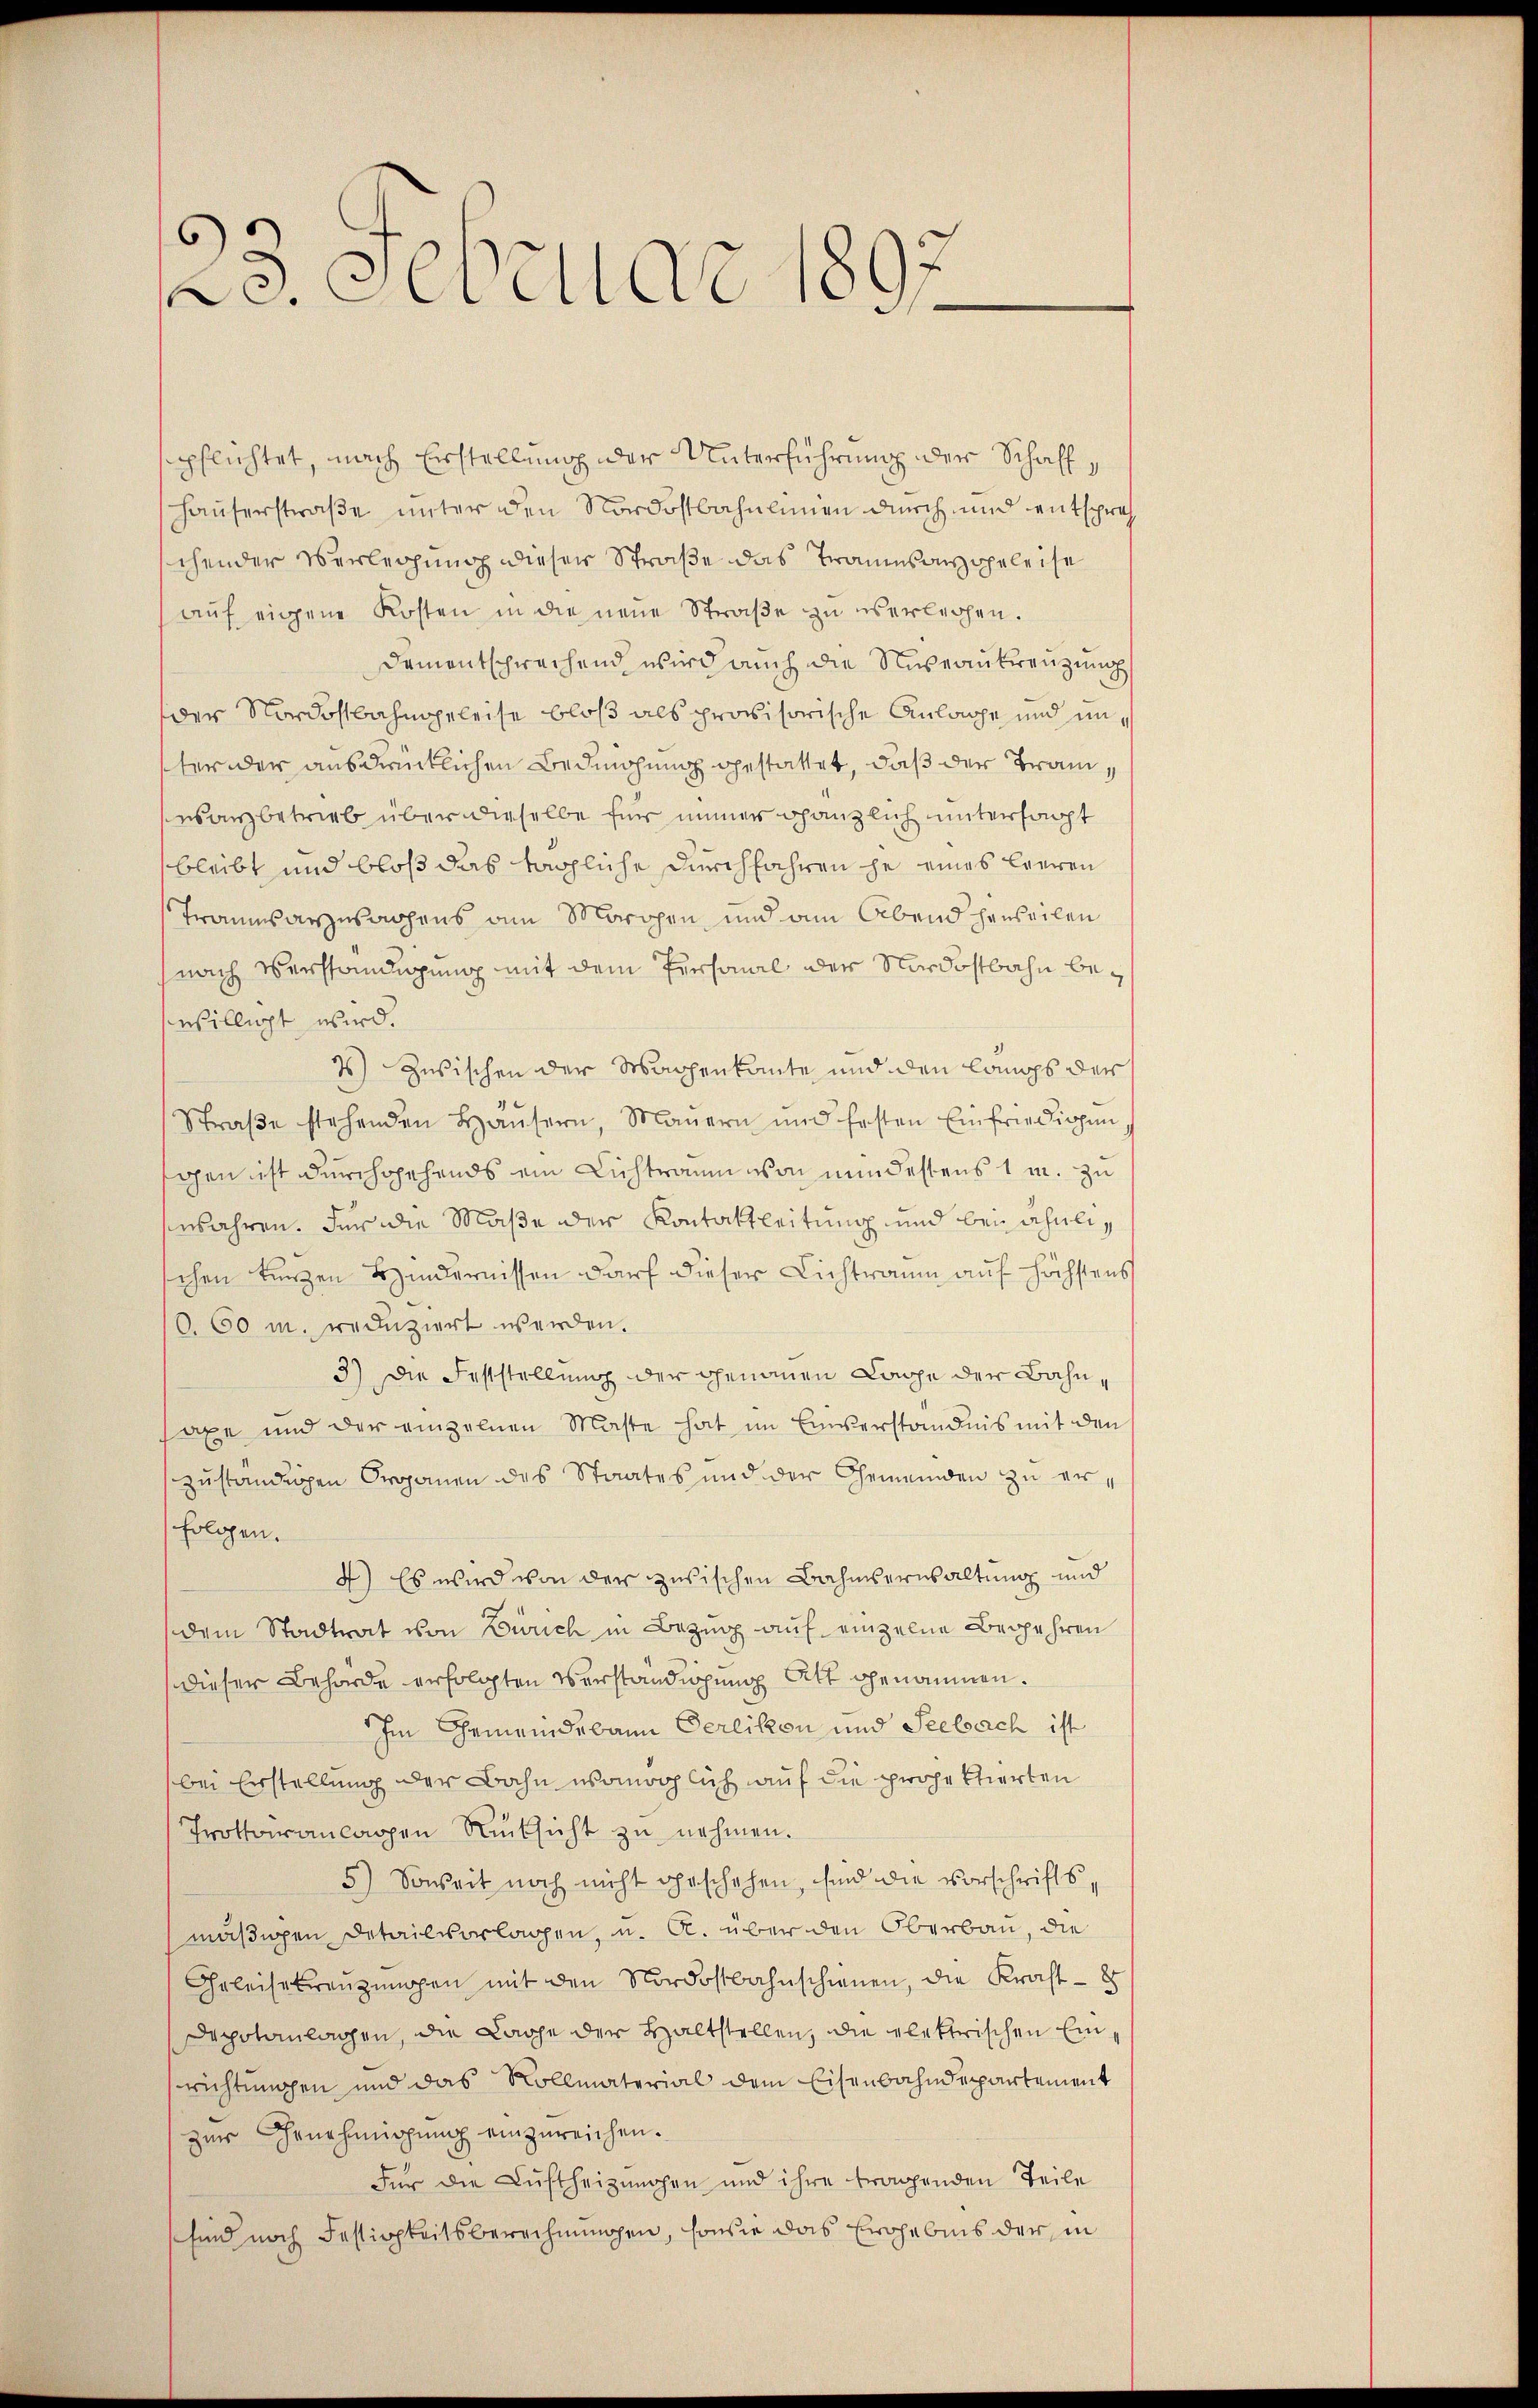
23. Februar 1897

pflichtet, nach Erstellung der Unterführung der Schaff¬
Hauserstraße unter den Nordostbahnlinien durch und entsprech
chender Verleihung dieser Straße das Traumsausgeleise
auf eigene Kosten in die neue Straße zu verleihen.
Dementsprechend wird auch die Niveaukreuzung
der Nordostbahngeleise bloß als provisorische Anlasse und unter der ausdrücklichen Bedingung gestattet, daß der Tramesanzbetrieb über dieselbe für immer gänzlich untersagt
bleibt und bloß das tägliche durchfahren je eines leeren
Traumsarzwachens am Morgen und am Abend harteilen
nach Verständigung mit dem Personal der Nordostbahn beswilligt wird.
4) Zwischen der Sachenkante und den langs der
Straβe stehenden Häŭsern, Mauern und Ersten Einfriedigen
gen ist durchgehends ein Lichtraum von mindestens 1 m. zu
njahren. Für die Maße der Kontaktleitung und bei ähnlichen kurzen Hindernissen darf dieser Lichtraum auf höchstens
0. 60 M. reduziert werden.
3) Die Feststellung der genauen Lache der Bahnsaxe und der einzelnen Maste hat im Einverständnis mit den
zuständigen Organen des Staates und der Gemeinden zu erfolgen.
4) Es wird von der zusischen Rahmserwaltung und
dem Stadtrat von Zürich in Bezug auf einzelne Begehren
dieser Behörde erfolgten Verständigung Att genommen.
Im Gemeindebann Oerlikon und Seebach ist
bei Erstellung der Bahn womöglich auf die projektierten
Trottoiranlagen Rücksicht zu nehmen.
5) Soweit noch nicht geschehen, sind die Vorschriftsmäßigen Detailvorlagen, u. a. über den Oberbau, die
Geleisekreuzungen mit den Nordostbahnschienen, die Kraft - 8
Dapotanlagen, die Lache der Haltstellen, die elektrischen Einrichtungen und das Kollmaterial dem Eisenbahndepartement
zur Genehmigung einzureichen.
Für die Luftheizungen und ihre tragenden Teile
sind noch Festigkeitsberechnungen, sowie das Einhebnis der in